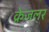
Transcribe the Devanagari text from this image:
क्रेजलर